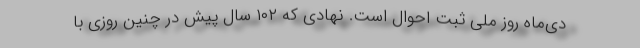
دی‌ماه روز ملی ثبت احوال است. نهادی که ۱۰۲ سال پیش در چنین روزی با